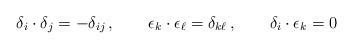
LaTeX: \begin{align*}\delta_i\cdot\delta_j = -\delta_{ij}\, ,\qquad\epsilon_k\cdot\epsilon_\ell= \delta_{k\ell}\, ,\qquad\delta_i\cdot\epsilon_k=0\end{align*}